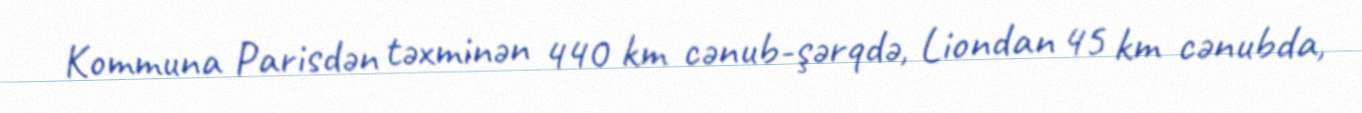
Kommuna Parisdən təxminən 440 km cənub-şərqdə, Liondan 45 km cənubda,